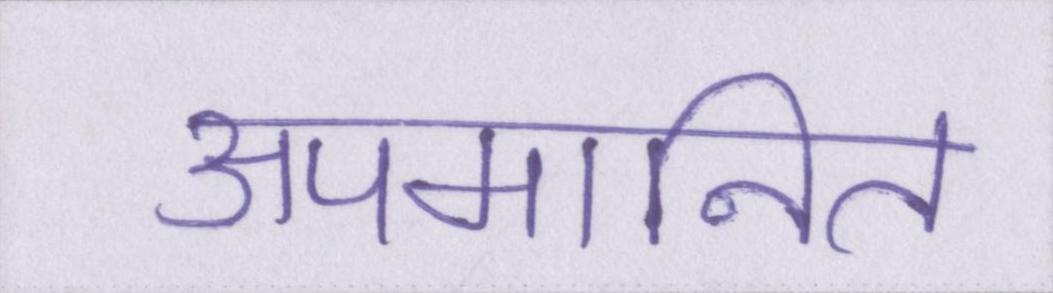
अपमानित